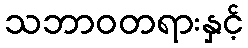
သဘာဝတရားနှင့်